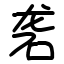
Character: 砻